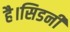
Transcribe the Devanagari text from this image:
है।सिडनी